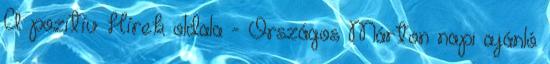
A pozitív Hírek oldala - Országos Márton napi ajánló